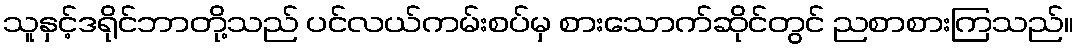
သူနှင့်ဒရိုင်ဘာတို့သည် ပင်လယ်ကမ်းစပ်မှ စားသောက်ဆိုင်တွင် ညစာစားကြသည်။